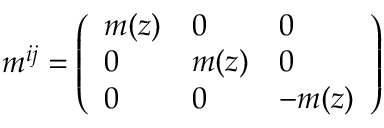
m ^ { i j } = \left( \begin{array} { l l l } { m ( z ) } & { 0 } & { 0 } \\ { 0 } & { m ( z ) } & { 0 } \\ { 0 } & { 0 } & { - m ( z ) } \end{array} \right)